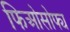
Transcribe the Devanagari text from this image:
फिओसोफ्य